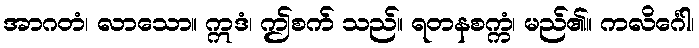
အာဂတံ၊ လာသော။ ဣဒံ၊ ဤစက် သည်။ ရတနစက္ကံ၊ မည်၏။ ကလိင်္ဂေါ၊